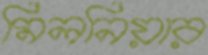
মিলনিয়ার